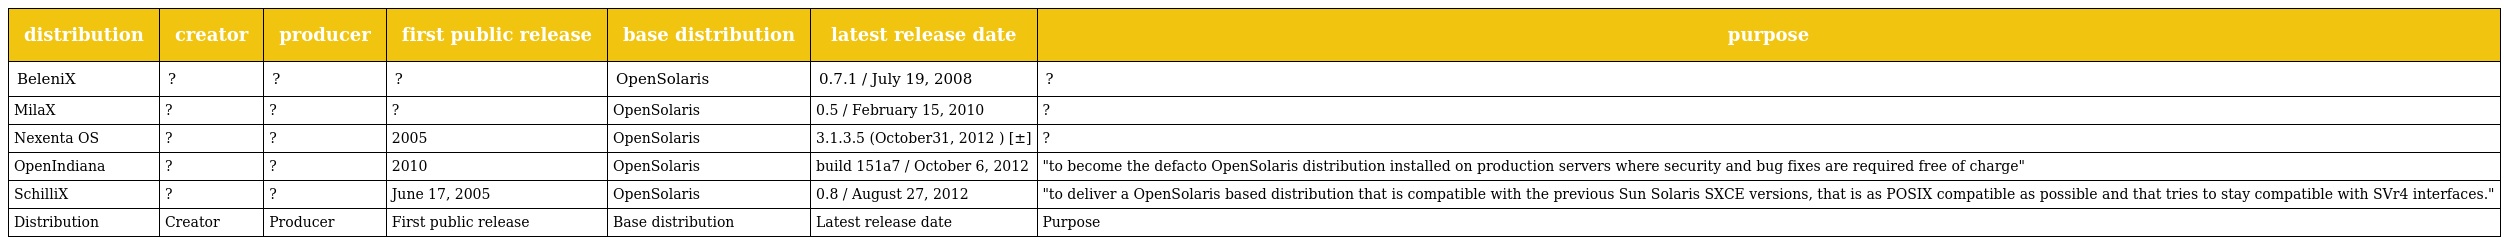
| distribution | creator | producer | first public release | base distribution | latest release date | purpose |
 | --- | --- | --- | --- | --- | --- | --- |
 | BeleniX | ? | ? | ? | OpenSolaris | 0.7.1 / July 19, 2008 | ? |
 | MilaX | ? | ? | ? | OpenSolaris | 0.5 / February 15, 2010 | ? |
 | Nexenta OS | ? | ? | 2005 | OpenSolaris | 3.1.3.5 (October31, 2012 ) [±] | ? |
 | OpenIndiana | ? | ? | 2010 | OpenSolaris | build 151a7 / October 6, 2012 | "to become the defacto OpenSolaris distribution installed on production servers where security and bug fixes are required free of charge" |
 | SchilliX | ? | ? | June 17, 2005 | OpenSolaris | 0.8 / August 27, 2012 | "to deliver a OpenSolaris based distribution that is compatible with the previous Sun Solaris SXCE versions, that is as POSIX compatible as possible and that tries to stay compatible with SVr4 interfaces." |
 | Distribution | Creator | Producer | First public release | Base distribution | Latest release date | Purpose |